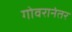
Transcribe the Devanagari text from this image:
गोवरानंतर